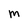
Character: M